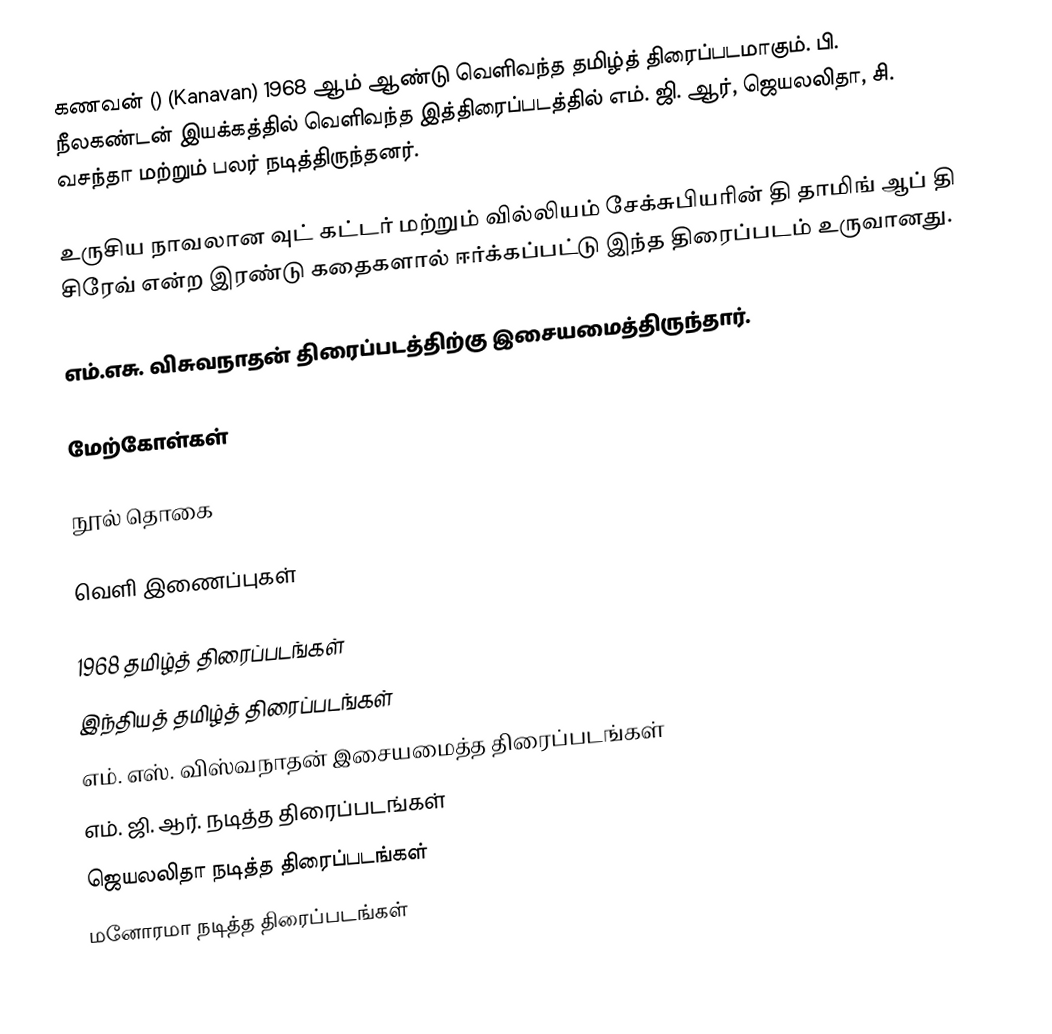
கணவன் ()  (Kanavan) 1968 ஆம் ஆண்டு வெளிவந்த தமிழ்த் திரைப்படமாகும். பி. நீலகண்டன் இயக்கத்தில் வெளிவந்த இத்திரைப்படத்தில் எம். ஜி. ஆர், ஜெயலலிதா, சி. வசந்தா மற்றும் பலர் நடித்திருந்தனர்.

உருசிய நாவலான வுட் கட்டர் மற்றும் வில்லியம் சேக்சுபியரின் தி தாமிங் ஆப் தி சிரேவ் என்ற இரண்டு கதைகளால் ஈர்க்கப்பட்டு இந்த திரைப்படம் உருவானது.

எம்.எசு. விசுவநாதன் திரைப்படத்திற்கு இசையமைத்திருந்தார்.

மேற்கோள்கள்

நூல் தொகை

வெளி இணைப்புகள்

1968 தமிழ்த் திரைப்படங்கள்
இந்தியத் தமிழ்த் திரைப்படங்கள்
எம். எஸ். விஸ்வநாதன் இசையமைத்த திரைப்படங்கள்
எம். ஜி. ஆர். நடித்த திரைப்படங்கள்
ஜெயலலிதா நடித்த திரைப்படங்கள்
மனோரமா நடித்த திரைப்படங்கள்